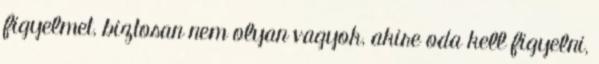
figyelmet, biztosan nem olyan vagyok, akire oda kell figyelni,